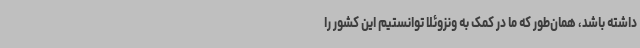
داشته باشد، همان‌طور که ما در کمک به ونزوئلا توانستیم این کشور را